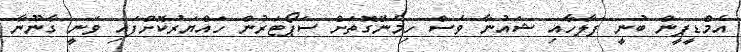
އެމްޑީޕީން ބުނީ ފަލާހާއި ޝައުނާ ވެސް ހިމެނޭގޮތަށް ސަޕޯޓަރުން ހައްޔަރުކޮށްފައި ވަނީ ގާނޫނާ